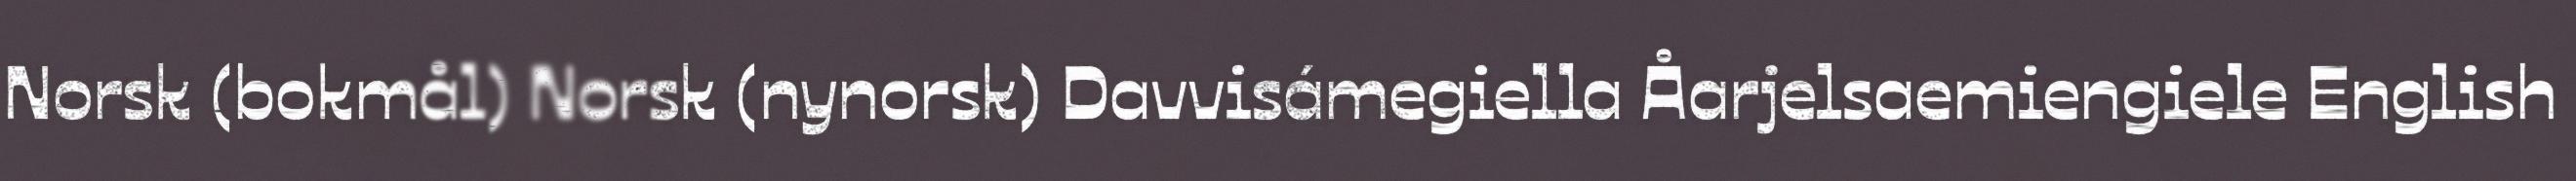
Norsk (bokmål) Norsk (nynorsk) Davvisámegiella Åarjelsaemiengiele English